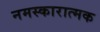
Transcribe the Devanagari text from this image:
नमस्कारात्मक